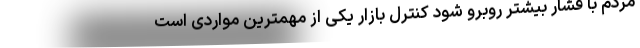
مردم با فشار بیشتر روبرو شود کنترل بازار یکی از مهمترین مواردی است